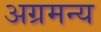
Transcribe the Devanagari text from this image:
अग्रमन्य